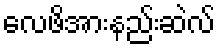
လေဖိအားနည်းဆဲလ်